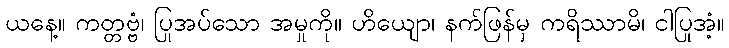
ယနေ့။ ကတ္တဗ္ဗံ၊ ပြုအပ်သော အမှုကို။ ဟိယျော၊ နက်ဖြန်မှ ကရိဿာမိ၊ ငါပြုအံ့။